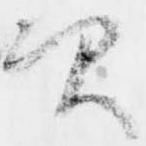
次